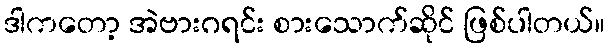
ဒါကတော့ အဲဗားဂရင်း စားသောက်ဆိုင် ဖြစ်ပါတယ်။